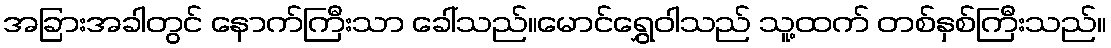
အခြားအခါတွင် နောက်ကြီးသာ ခေါ်သည်။မောင်ရွှေဝါသည် သူ့ထက် တစ်နှစ်ကြီးသည်။